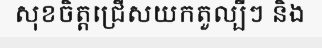
សុខចិត្តជ្រើសយកតួល្បីៗ និង